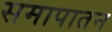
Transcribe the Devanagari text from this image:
समापातन